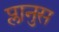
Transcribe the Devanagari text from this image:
प्लानुस